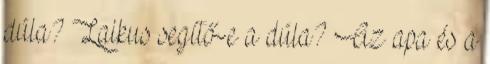
dúla? Laikus segítő-e a dúla? Az apa és a